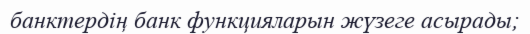
банктердiң банк функцияларын жүзеге асырады;